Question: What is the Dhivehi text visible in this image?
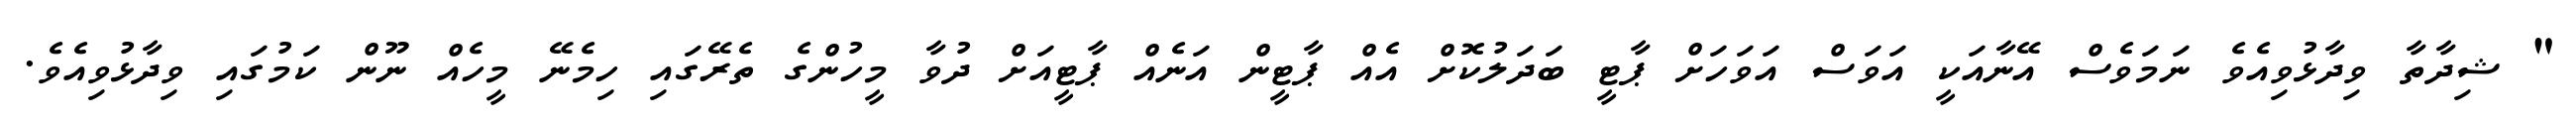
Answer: " ޝިދާތާ ވިދާޅުވިއެވެ ނަމަވެސް އޭނާއަކީ އަވަސް އަވަހަށް ޕާޓީ ބަދަލުކޮށް އެއް ޕާޓީން އަނެއް ޕާޓީއަށް ދުވާ މީހުންގެ ތެރޭގައި ހިމެނޭ މީހެއް ނޫން ކަމުގައި ވިދާޅުވިއެވެ.